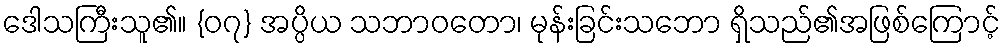
ဒေါသကြီးသူ၏။ {၀၇} အပ္ပိယ သဘာဝတော၊ မုန်းခြင်းသဘော ရှိသည်၏အဖြစ်ကြောင့်